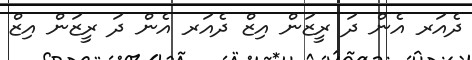
ދެއަރ އެން ދަ ރީޒަން އިޒް ދެއަރ އެން ދަ ރީޒަން އިޒް